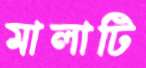
মালাটি